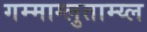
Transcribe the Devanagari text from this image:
गम्माग्लुताम्य्ल